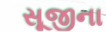
સૂજીના